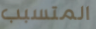
المتسبب